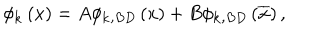
LaTeX: \phi _ { \mathbf { k } } \left( x \right) = A \phi _ { \mathbf { k , } B D } \left( x \right) + B \phi _ { \mathbf { k , } B D } \left( \overline { { { x } } } \right) ,